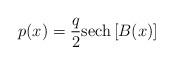
LaTeX: \begin{align*}p(x) = {q\over{2}} {\rm sech}\left[B(x)\right]\end{align*}